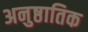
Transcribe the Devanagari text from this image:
अनुष्ठातिक